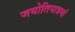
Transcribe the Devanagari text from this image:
जयोतिपात्रमां